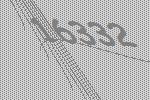
16332